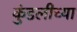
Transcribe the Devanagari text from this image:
कुंडलीच्या